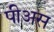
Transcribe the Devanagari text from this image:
पीअस